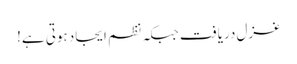
غزل دریافت جبکہ نظم ایجاد ہوتی ہے!